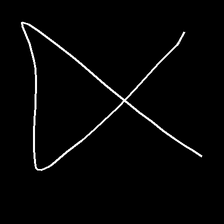
Glyph: collection